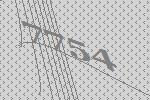
7754